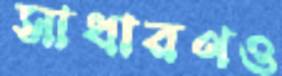
সাধারণও